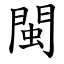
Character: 閩